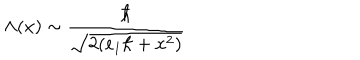
\Lambda ( x ) \sim \frac { \hbar } { \sqrt { 2 ( e _ { 1 } \hbar + x ^ { 2 } ) } }